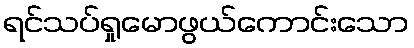
ရင်သပ်ရှုမောဖွယ်ကောင်းသော